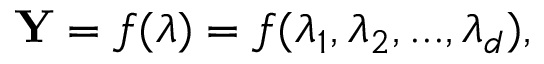
{ \bf Y } = f ( \boldsymbol { \lambda } ) = f ( \lambda _ { 1 } , \lambda _ { 2 } , . . . , \lambda _ { d } ) ,